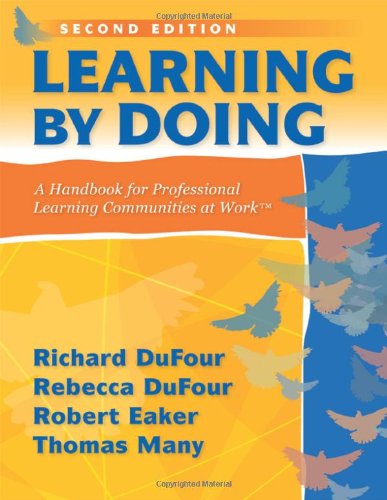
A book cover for Learning by Doing: A Handbook for Professional Communities at Work - a practical guide for PLC teams and leadership; Richard Dufour; Education & Teaching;